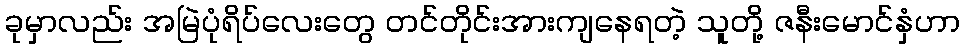
ခုမှာလည်း အမြဲပုံရိပ်လေးတွေ တင်တိုင်းအားကျနေရတဲ့ သူတို့ ဇနီးမောင်နှံဟာ